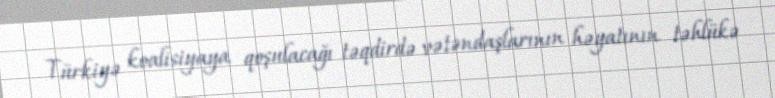
Türkiyə koalisiyaya qoşulacağı təqdirdə vətəndaşlarının həyatının təhlükə